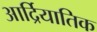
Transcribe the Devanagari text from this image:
आर्द्रियातिक